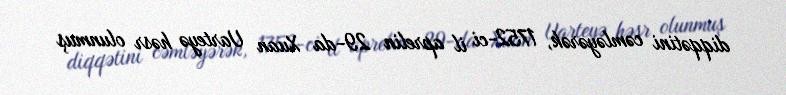
diqqətini cəmləyərək, 1752-ci il aprelin 29-da Xuan Uarteyə həsr olunmuş